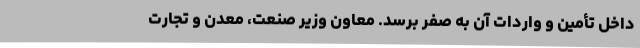
داخل تأمین و واردات آن به صفر برسد. معاون وزیر صنعت، معدن و تجارت